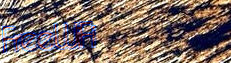
FreeWiFi